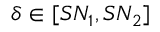
\delta \in [ S N _ { 1 } , S N _ { 2 } ]